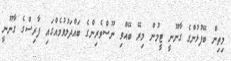
މިތިން ބޭފުޅުންގެ ގާނޫނީ ޓީމުން މިރޭ ބޭއްވި ނޫސްވެރިންގެ ބައްދަލުވުމެއްގައި ފާރިސްގެ ގާނޫނީ